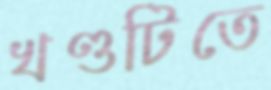
খণ্ডটিতে